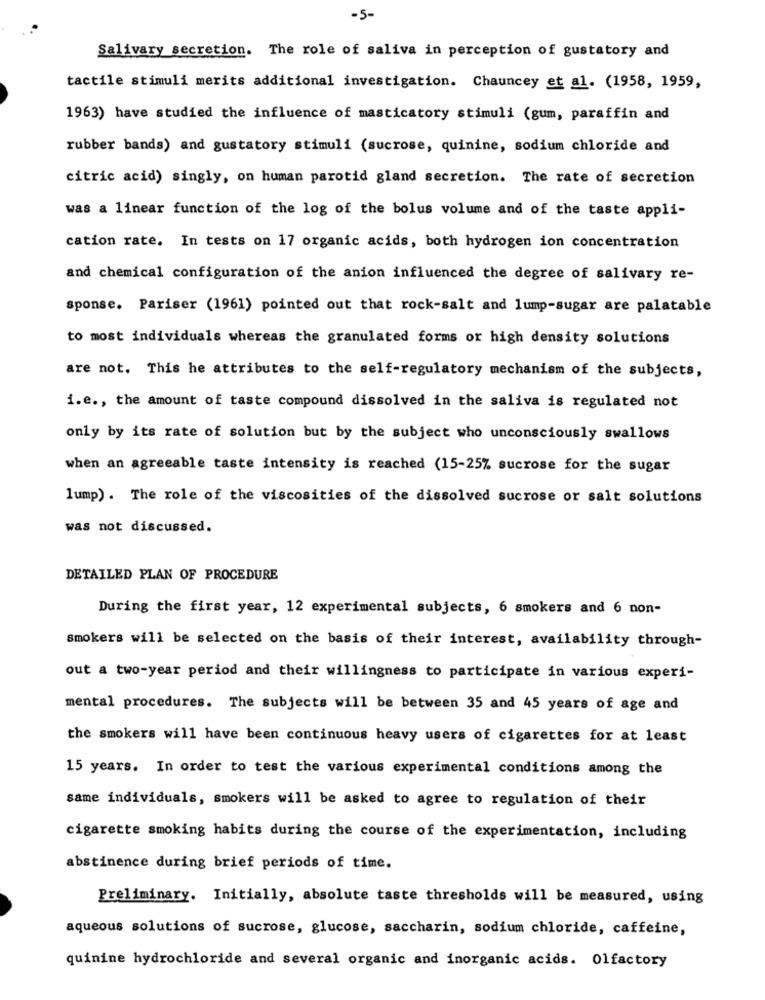
-5-
Salivary secretion. The role of saliva in perception of gustatory and
tactile stimuli merits additional investigation. Chauncey et al. (1958, 1959,
1963) have studied the influence of masticatory stimuli (gum, paraffin and
rubber bands) and gustatory stimuli (sucrose, quinine, sodium chloride and
citric acid) singly, on human parotid gland secretion. The rate of secretion
was a linear function of the log of the bolus volume and of the taste appli-
cation rate. In tests on 17 organic acids, both hydrogen ion concentration
and chemical configuration of the anion influenced the degree of salivary re-
sponse. Pariser (1961) pointed out that rock-salt and lump-sugar are palatable
to most individuals whereas the granulated forms or high density solutions
are not. This he attributes to the self-regulatory mechanism of the subjects,
i.e ., the amount of taste compound dissolved in the saliva is regulated not
only by its rate of solution but by the subject who unconsciously swallows
when an agreeable taste intensity is reached (15-25% sucrose for the sugar
lump) . The role of the viscosities of the dissolved sucrose or salt solutions
was not discussed.
DETAILED PLAN OF PROCEDURE
During the first year, 12 experimental subjects, 6 smokers and 6 non-
smokers will be selected on the basis of their interest, availability through-
out a two-year period and their willingness to participate in various experi-
mental procedures. The subjects will be between 35 and 45 years of age and
the smokers will have been continuous heavy users of cigarettes for at least
15 years. In order to test the various experimental conditions among the
same individuals, smokers will be asked to agree to regulation of their
cigarette smoking habits during the course of the experimentation, including
abstinence during brief periods of time.
Preliminary. Initially, absolute taste thresholds will be measured, using
aqueous solutions of sucrose, glucose, saccharin, sodium chloride, caffeine,
quinine hydrochloride and several organic and inorganic acids. Olfactory